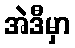
အဲဒီမှာ